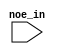
// megafunction wizard: %Serial Flash Loader%VBB%
// GENERATION: STANDARD
// VERSION: WM1.0
// MODULE: altserial_flash_loader 

// ============================================================
// Megafunction Name(s):
// 			altserial_flash_loader
//
// Simulation Library Files(s):
// 			altera_mf
// ============================================================
// ************************************************************
// THIS IS A WIZARD-GENERATED FILE. DO NOT EDIT THIS FILE!
//
// 9.1 Build 304 01/25/2010 SP 1 SJ Web Edition
// ************************************************************

//Copyright (C) 1991-2010 Altera Corporation
//Your use of Altera Corporation's design tools, logic functions 
//and other software and tools, and its AMPP partner logic 
//functions, and any output files from any of the foregoing 
//(including device programming or simulation files), and any 
//associated documentation or information are expressly subject 
//to the terms and conditions of the Altera Program License 
//Subscription Agreement, Altera MegaCore Function License 
//Agreement, or other applicable license agreement, including, 
//without limitation, that your use is for the sole purpose of 
//programming logic devices manufactured by Altera and sold by 
//Altera or its authorized distributors.  Please refer to the 
//applicable agreement for further details.

module sfl (
	noe_in);

	input	  noe_in;

endmodule

// ============================================================
// CNX file retrieval info
// ============================================================
// Retrieval info: PRIVATE: INTENDED_DEVICE_FAMILY STRING "Cyclone II"
// Retrieval info: LIBRARY: altera_mf altera_mf.altera_mf_components.all
// Retrieval info: CONSTANT: ENABLE_SHARED_ACCESS STRING "OFF"
// Retrieval info: CONSTANT: ENHANCED_MODE NUMERIC "1"
// Retrieval info: CONSTANT: INTENDED_DEVICE_FAMILY STRING "Cyclone II"
// Retrieval info: USED_PORT: noe_in 0 0 0 0 INPUT NODEFVAL "noe_in"
// Retrieval info: CONNECT: @noe 0 0 0 0 noe_in 0 0 0 0
// Retrieval info: GEN_FILE: TYPE_NORMAL sfl.v TRUE
// Retrieval info: GEN_FILE: TYPE_NORMAL sfl.inc FALSE
// Retrieval info: GEN_FILE: TYPE_NORMAL sfl.cmp FALSE
// Retrieval info: GEN_FILE: TYPE_NORMAL sfl.bsf FALSE
// Retrieval info: GEN_FILE: TYPE_NORMAL sfl_inst.v FALSE
// Retrieval info: GEN_FILE: TYPE_NORMAL sfl_bb.v TRUE
// Retrieval info: LIB_FILE: altera_mf